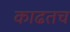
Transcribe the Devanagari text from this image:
काढतच